Indian journal of veterinary science and animal husbandry - Volumes 28-29, 1958-1959
Year: 1958
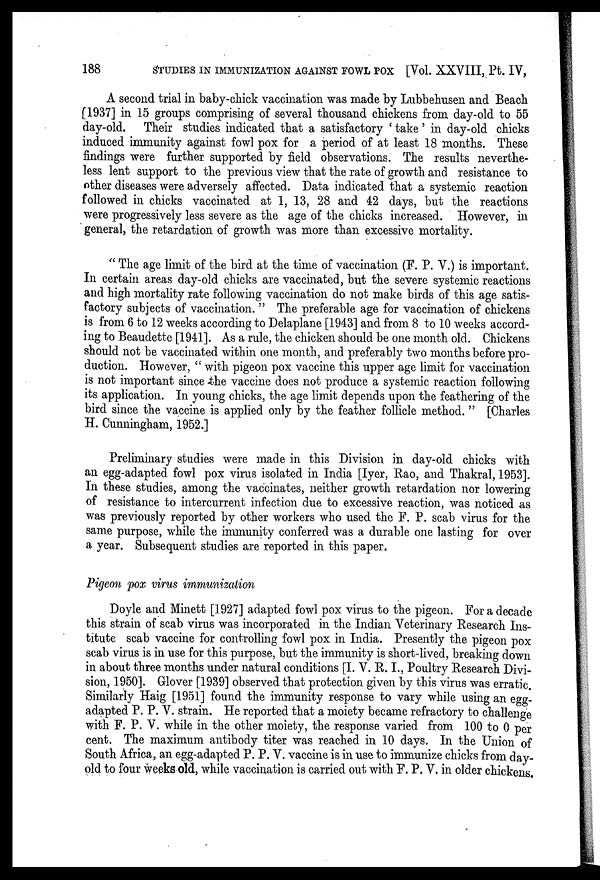
188
STUDIES IN IMMUNIZATION AGAINST FOWL POX [Vol. XXVIII, Pt. IV,
A second trial in baby-chick vaccination was made by Lubbehusen and Beach
[1937] in 15 groups comprising of several thousand chickens from day-old to 55
day-old. Their studies indicated that a satisfactory ' take ' in day-old chicks
induced immunity against fowl pox for a period of at least 18 months. These
findings were further supported by field observations. The results neverthe-
less lent support to the previous view that the rate of growth and resistance to
other diseases were adversely affected. Data indicated that a systemic reaction
followed in chicks vaccinated at 1, 13, 28 and 42 days, but the reactions
were progressively less severe as the age of the chicks increased. However, in
general, the retardation of growth was more than excessive mortality.
" The age limit of the bird at the time of vaccination (F. P. V.) is important.
In certain areas day-old chicks are vaccinated, but the severe systemic reactions
and high mortality rate following vaccination do not make birds of this age satis-
factory subjects of vaccination. " The preferable age for vaccination of chickens
is from 6 to 12 weeks according to Delaplane [1943] and from 8 to 10 weeks accord-
ing to Beaudette [1941]. As a rule, the chicken should be one month old. Chickens
should not be vaccinated within one month, and preferably two months before pro-
duction. However, " with pigeon pox vaccine this upper age limit for vaccination
is not important since the vaccine does not produce a systemic reaction following
its application. In young chicks, the age limit depends upon the feathering of the
bird since the vaccine is applied only by the feather follicle method. " [Charles
H. Cunningham, 1952.]
Preliminary studies were made in this Division in day-old chicks with
an egg-adapted fowl pox virus isolated in India [Iyer, Rao, and Thakral, 1953].
In these studies, among the vaccinates, neither growth retardation nor lowering
of resistance to intercurrent infection due to excessive reaction, was noticed as
was previously reported by other workers who used the F. P. scab virus for the
same purpose, while the immunity conferred was a durable one lasting for over
a year. Subsequent studies are reported in this paper.
Pigeon pox virus immunization
Doyle and Minett [1927] adapted fowl pox virus to the pigeon. For a decade
this strain of scab virus was incorporated in the Indian Veterinary Research Ins-
titute scab vaccine for controlling fowl pox in India. Presently the pigeon pox
scab virus is in use for this purpose, but the immunity is short-lived, breaking down
in about three months under natural conditions [I. V. R. I., Poultry Research Divi-
sion, 1950]. Glover [1939] observed that protection given by this virus was erratic.
Similarly Haig [1951] found the immunity response to vary while using an egg-
adapted P. P. V. strain. He reported that a moiety became refractory to challenge
with F. P. V. while in the other moiety, the response varied from 100 to 0 per
cent. The maximum antibody titer was reached in 10 days. In the Union of
South Africa, an egg-adapted P. P. V. vaccine is in use to immunize chicks from day-
old to four weeks old, while vaccination is carried out with F. P. V. in older chickens.